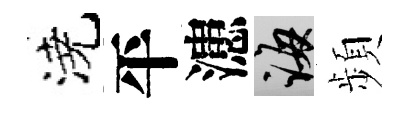
澆平漶誨頻